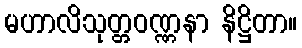
မဟာလိသုတ္တဝဏ္ဏနာ နိဋ္ဌိတာ။